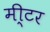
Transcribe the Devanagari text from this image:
मी्टर